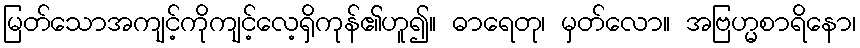
မြတ်သောအကျင့်ကိုကျင့်လေ့ရှိကုန်၏ဟူ၍။ ဓာရေတု၊ မှတ်လော။ အဗြဟ္မစာရိနော၊